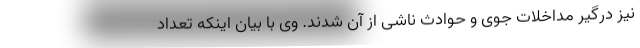
نیز درگیر مداخلات جوی و حوادث ناشی از آن شدند. وی با بیان اینکه تعداد